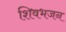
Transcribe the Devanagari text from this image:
शिवभजन